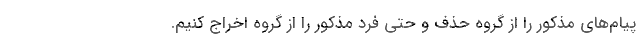
پیام‌های مذکور را از گروه‌‌ حذف و حتی فرد مذکور را از گروه اخراج کنیم.